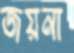
জয়না